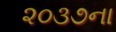
૨૦૩૭ના